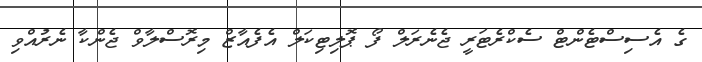
ގެ އެސިސްޓެންޓް ސެކްރެޓަރީ ޖެނެރަލް ފޯ ޕޮލިޓިކަލް އެފެއާޒް މިރޮސްލާވް ޖެންކާ ނެރުއްވި